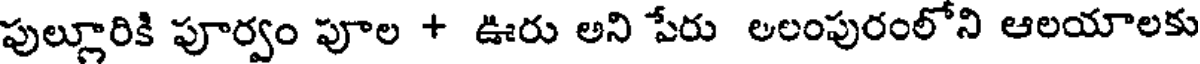
పుల్లూరికి పూర్వం పూల + ఊరు అని పేరు అలంపురంలోని ఆలయాలకు